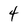
Character: 4